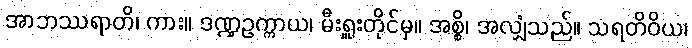
အာဘဿရာတိ၊ ကား။ ဒဏ္ဍဥက္ကာယ၊ မီးရှူးတိုင်မှ။ အစ္စိ၊ အလျှံသည်။ သရတိဝိယ၊